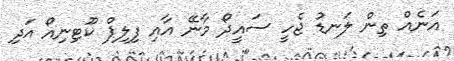
އަނެއް ތިން ލަނޑު ޖެހީ ސައީދޯ މާނޭ އާއި ފިލިޕް ކޫޓިނިއޯ އަދި